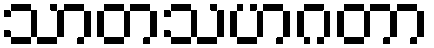
သာတသဟဂတာ